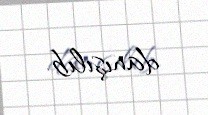
danışılıb.